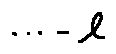
\cdots - l